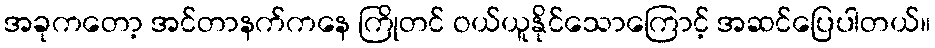
အခုကတော့ အင်တာနက်ကနေ ကြိုတင် ဝယ်ယူနိုင်သောကြောင့် အဆင်ပြေပါတယ်။